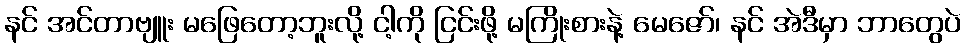
နင် အင်တာဗျူး မဖြေတော့ဘူးလို့ ငါ့ကို ငြင်းဖို့ မကြိုးစားနဲ့ မေဇော်၊ နင် အဲဒီမှာ ဘာတွေပဲ